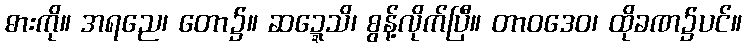
ဓားကို။ အရညေ၊ တော၌။ ဆဍ္ဍေသိ၊ စွန့်လိုက်ပြီ။ တာဝဒေဝ၊ ထိုခဏ၌ပင်။